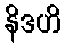
နိဒဟိ